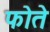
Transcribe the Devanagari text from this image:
फोते